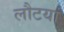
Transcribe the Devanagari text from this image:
लौटया